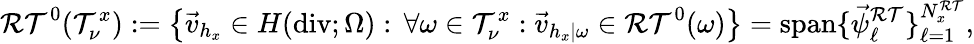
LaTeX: \mathcal{RT}^{0}(\mathcal T_{\nu}^{x}):=\left\{ \vec{v}_{h_{x}}\in H(\operatorname{div};\Omega):\, \forall\omega\in\mathcal T_{\nu}^{x}:\vec{v}_{h_{x}|\omega}\in\mathcal{RT}^{0}(\omega)\right\} =\mathrm{span}\{ \vec{\psi}_{\ell}^{\mathcal{RT}}\} _{\ell=1}^{N_{x}^{\mathcal{RT}}},